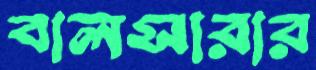
বালসারার